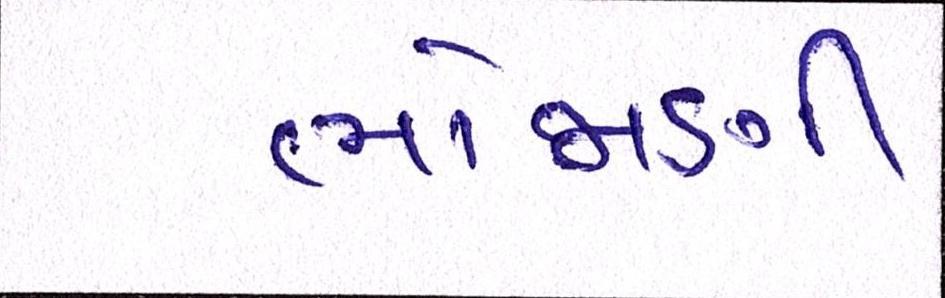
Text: ભોજાણી